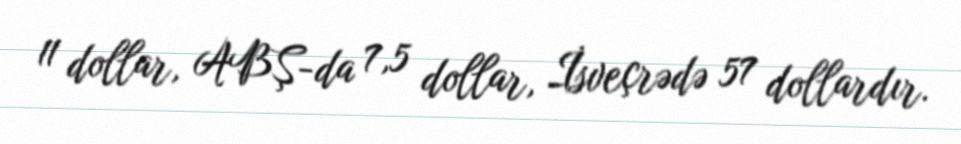
11 dollar, ABŞ-da 7,5 dollar, İsveçrədə 57 dollardır.